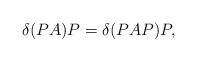
LaTeX: \begin{align*}\delta(PA)P=\delta(PAP)P, \end{align*}